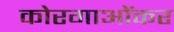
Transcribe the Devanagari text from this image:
कोरगाओंकर